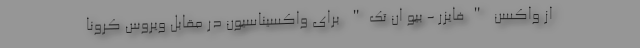
از واکسن "فایزر - بیو ان تک" برای واکسیناسیون در مقابل ویروس کرونا